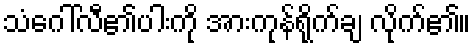
သံဂေါ်လီ၏ပါးကို အားကုန်ရိုက်ချ လိုက်၏။